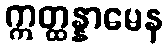
ဣတ္ထန္နာမေန